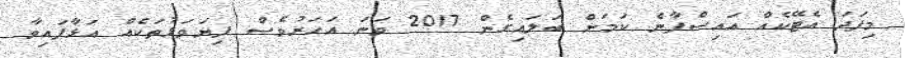
މިފަދަ އެޓޭކެއް އައިސްފާނެ ކަމަށް ބަލައިގެން 2017 ވަނަ އަހަރުވެސް ފިޔަވަޅުތަކެއް އަޅާފައިވާ